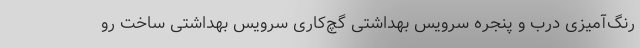
رنگ‌آمیزی درب و پنجره سرویس بهداشتی گچ‌کاری سرویس بهداشتی ساخت رو